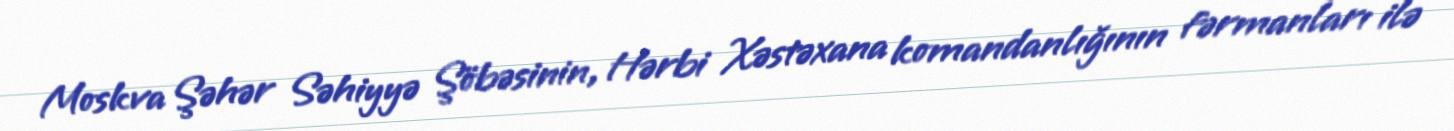
Moskva Şəhər Səhiyyə Şöbəsinin, Hərbi Xəstəxana komandanlığının fərmanları ilə